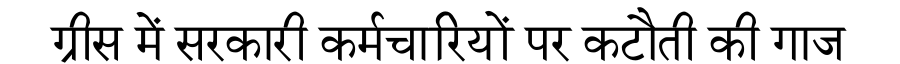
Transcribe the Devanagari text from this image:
ग्रीस में सरकारी कर्मचारियों पर कटौती की गाज